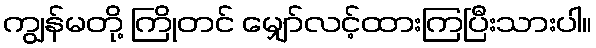
ကျွန်မတို့ ကြိုတင် မျှော်လင့်ထားကြပြီးသားပါ။